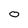
Character: 0